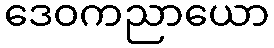
ဒေဝကညာယော